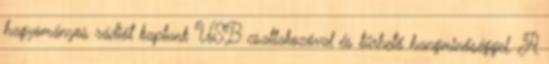
hagyományos rádiót kaptunk USB csatlakozóval és tűrhető hangminőséggel. A